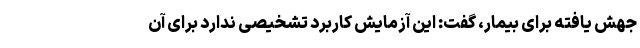
جهش یافته برای بیمار، گفت: این آزمایش کاربرد تشخیصی ندارد برای آن